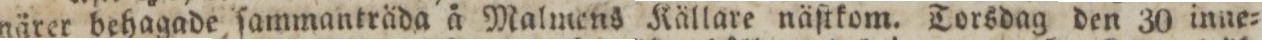
närer behagade ſammanträda å Malmens Källare näſtkom. Torsdag den 30 inne=